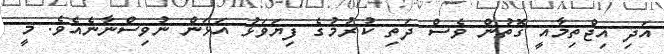
އަދި އިޖްތިމާއީ ގޮތުން ވެސް ދަތި ކުރުމުގެ ފިޔަވަޅު އަޅަން ނުވިސްނާނެއެވެ. މީ